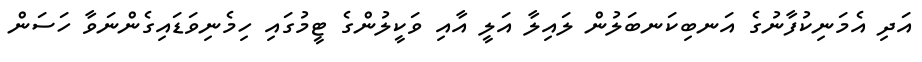
އަދި އެމަނިކުފާނުގެ އަނބިކަނބަލުން ލައިލާ އަލީ އާއި ވަކީލުންގެ ޓީމުގައި ހިމެނިވަޑައިގެންނަވާ ހަސަން